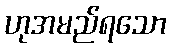
ဟုအမည်ရသော